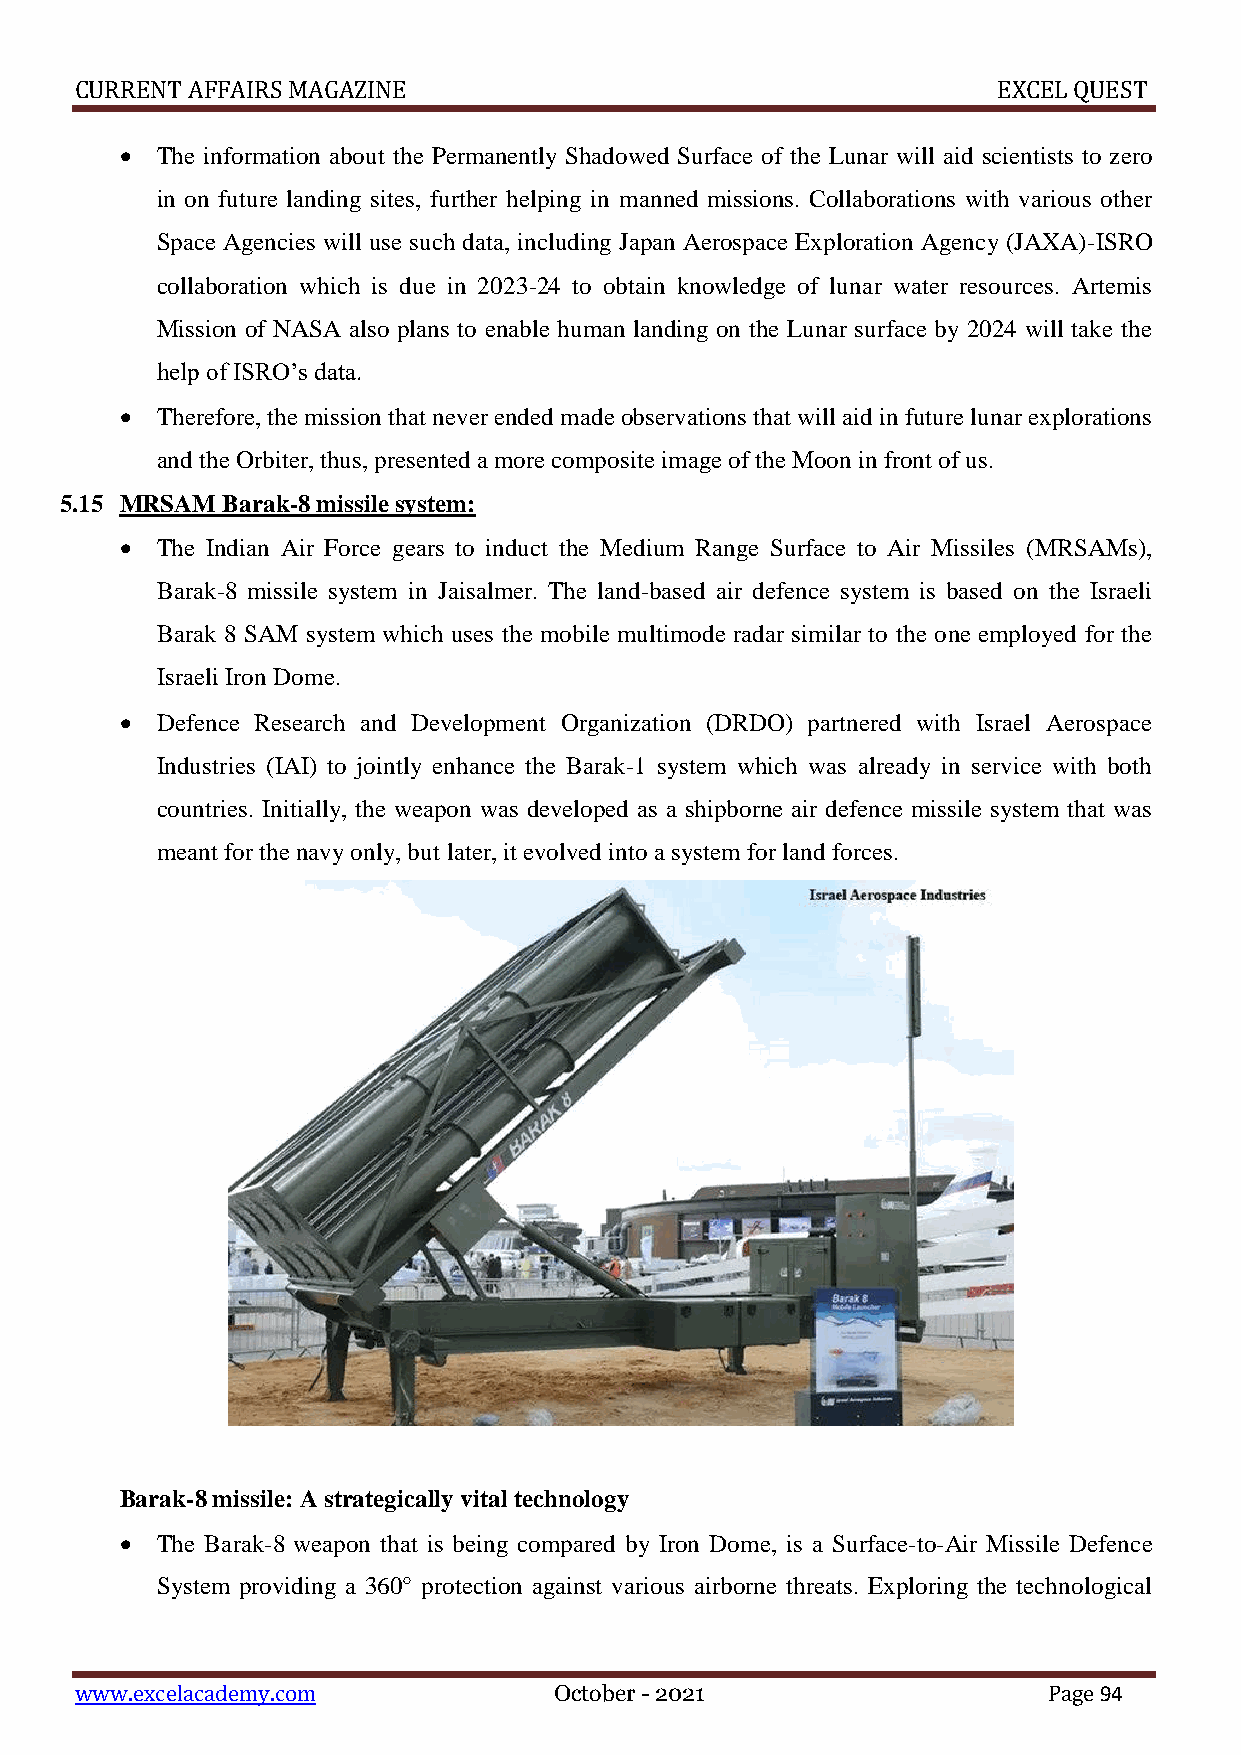
CURRENT AFFAIRS MAGAZINE                                     EXCEL QUEST
  The information about the Permanently Shadowed Surface of the Lunar will aid scientists to zero
 in on future landing sites, further helping in manned missions. Collaborations with various other
 Space Agencies will use such data, including Japan Aerospace Exploration Agency (JAXA)-ISRO
 collaboration which is due in 2023-24 to obtain knowledge of lunar water resources. Artemis
 Mission of NASA also plans to enable human landing on the Lunar surface by 2024 will take the
 help of ISRO’s data.
  Therefore, the mission that never ended made observations that will aid in future lunar explorations
 and the Orbiter, thus, presented a more composite image of the Moon in front of us.
 5.15 MRSAM Barak-8 missile system:
  The Indian Air Force gears to induct the Medium Range Surface to Air Missiles (MRSAMs),
 Barak-8 missile system in Jaisalmer. The land-based air defence system is based on the Israeli
 Barak 8 SAM system which uses the mobile multimode radar similar to the one employed for the
 Israeli Iron Dome.
  Defence Research and Development Organization (DRDO) partnered with Israel Aerospace
 Industries (IAI) to jointly enhance the Barak-1 system which was already in service with both
 countries. Initially, the weapon was developed as a shipborne air defence missile system that was
 meant for the navy only, but later, it evolved into a system for land forces.
 Barak-8 missile: A strategically vital technology
  The Barak-8 weapon that is being compared by Iron Dome, is a Surface-to-Air Missile Defence
 System providing a 360° protection against various airborne threats. Exploring the technological
 www.excelacademy.com            October - 2021                  Page 94